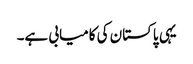
یہی پاکستان کی کامیابی ہے۔